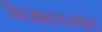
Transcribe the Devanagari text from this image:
निजामराज्यांत